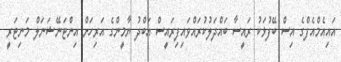
އައިއެމްއެފްގެ އިސް ބޭފުޅަކު ރައީސާ ބައްދަލުކުރައްވައިފިރައީސް އަބްދު ޔާމީންގެ އަރިހަށް އިންޓަނޭޝަނަލް މަނިޓަރީ